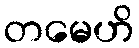
တမေဟိ